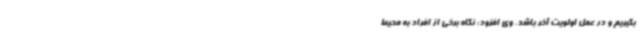
بگیریم و در عمل اولویت آخر باشد. وی افزود: نگاه برخی از افراد به محیط